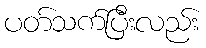
ပတ်သက်ပြီးလည်း